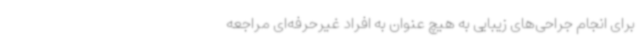
برای انجام جراحی‌های زیبایی به هیچ عنوان به افراد غیرحرفه‌ای مراجعه